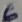
Text: 6